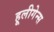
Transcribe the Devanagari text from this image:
हूलीगेन्स